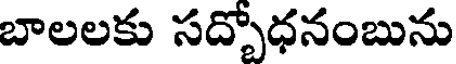
బాలలకు సద్పోధనంబును